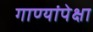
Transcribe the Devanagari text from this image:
गाण्यांपेक्षा